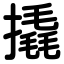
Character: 撬